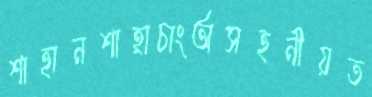
শাহানশাহ্রাচাংঅসহনীয়ত